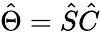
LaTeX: \hat{\Theta}=\hat{S}\hat{C}